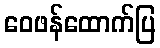
ဝေဖန်ထောက်ပြ